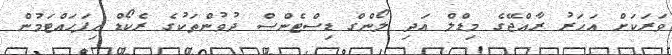
ވަރަކަށް އަހަރު ރާއްޖޭގެ މިޑްލް އަދި ލޯންގް ޑިސްޓެންސް ދުވުންތަކުގެ ރެކޯޑް ހިފަހައްޓަމުން